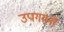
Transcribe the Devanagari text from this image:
उपगमनों